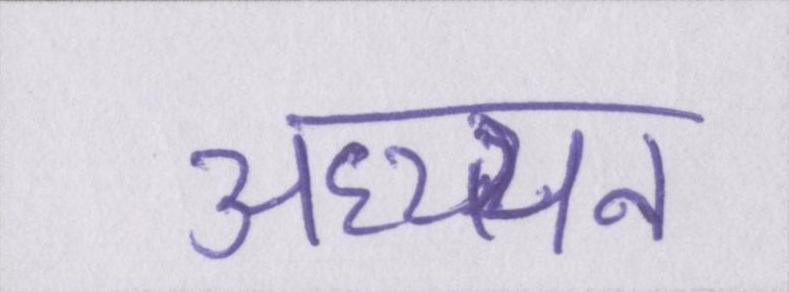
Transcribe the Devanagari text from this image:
अध्य्यन